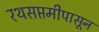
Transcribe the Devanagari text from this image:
रथसप्तमीपासून